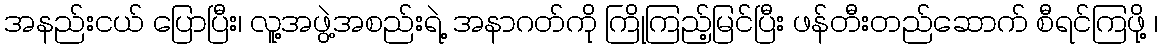
အနည်းငယ် ပြောပြီး၊ လူ့အဖွဲ့အစည်းရဲ့ အနာဂတ်ကို ကြိုကြည့်မြင်ပြီး ဖန်တီးတည်ဆောက် စီရင်ကြဖို့ ၊